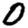
Digit: 0